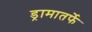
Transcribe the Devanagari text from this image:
ड्रामातर्फे